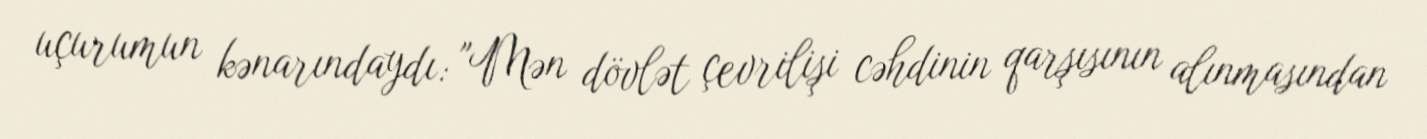
uçurumun kənarındaydı: "Mən dövlət çevrilişi cəhdinin qarşısının alınmasından